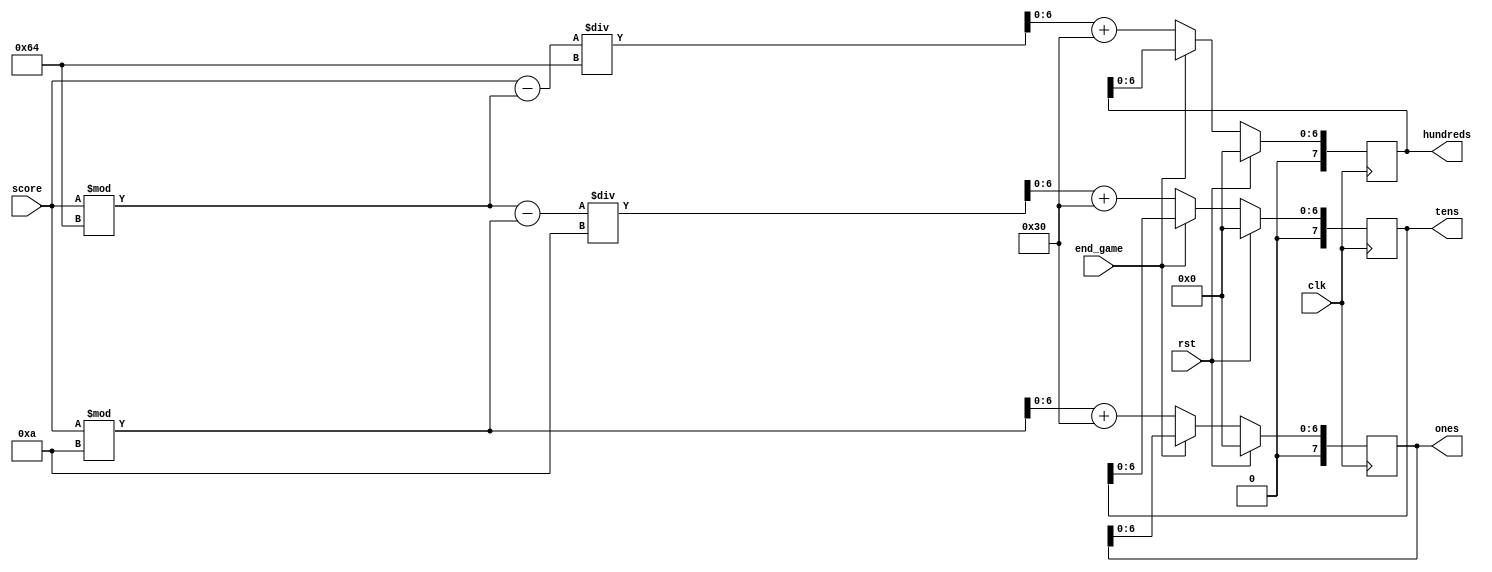
module score_conv(
    input wire clk,
    input wire rst,
    input wire [7:0] score,
    input wire end_game,
    
    output reg [7:0] ones,
    output reg [7:0] tens,
    output reg [7:0] hundreds
    );
        
    localparam ASCII_CONV = 48;
    
    reg [6:0] tens_nxt = 0, ones_nxt = 0, hundreds_nxt = 0;
    
    always @(posedge clk) begin
        if(rst) begin
            hundreds<= 0;
            tens    <= 0;
            ones    <= 0;
        end
        else begin
            hundreds<= hundreds_nxt;
            tens    <= tens_nxt;
            ones    <= ones_nxt;
        end
    end
    
    
    always @* begin
        ones_nxt = score % 10 + ASCII_CONV;
        tens_nxt = (score % 100 - (score % 10))/10 + ASCII_CONV;
        hundreds_nxt = (score - (score % 100))/100 + ASCII_CONV;
        if(end_game) begin
            ones_nxt = ones;
            tens_nxt = tens;
            hundreds_nxt = hundreds;
        end
    end

            
endmodule